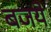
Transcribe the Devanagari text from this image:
बजये